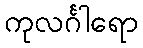
ကုလင်္ဂါရော